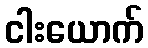
ငါးယောက်